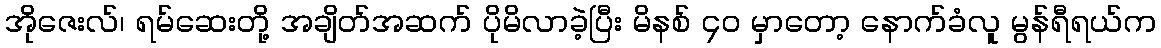
အိုဇေးလ်၊ ရမ်ဆေးတို့ အချိတ်အဆက် ပိုမိလာခဲ့ပြီး မိနစ် ၄၀ မှာတော့ နောက်ခံလူ မွန်ရီရယ်က